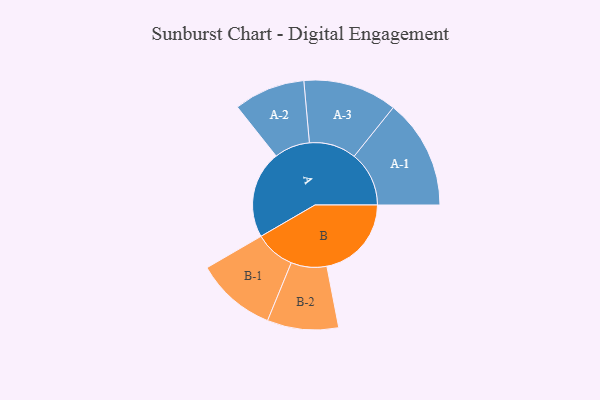
{"axis": {"x": "Segment", "y": "Value"}, "legend": ["", "A", "B"], "data": [{"x": "A", "y": 400, "type": ""}, {"x": "B", "y": 387, "type": ""}, {"x": "A-1", "y": 251, "type": "A"}, {"x": "A-2", "y": 163, "type": "A"}, {"x": "A-3", "y": 215, "type": "A"}, {"x": "B-1", "y": 184, "type": "B"}, {"x": "B-2", "y": 163, "type": "B"}]}